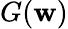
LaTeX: G(\mathbf{w})